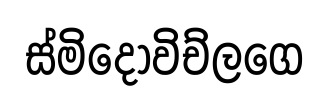
ස්මිදොවිච්ලගෙ